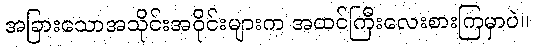
အခြားသောအသိုင်းအဝိုင်းများက အထင်ကြီးလေးစားကြမှာပဲ။